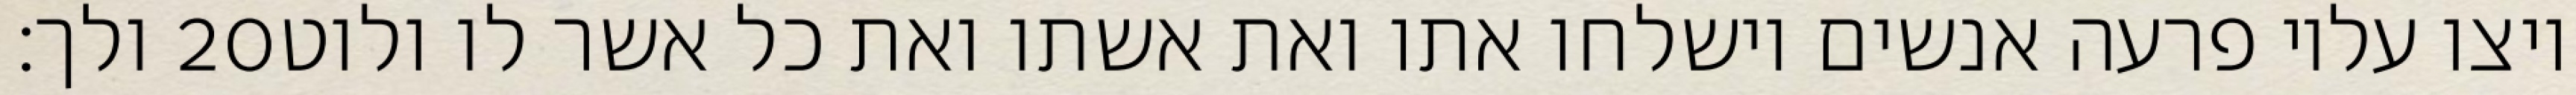
ולך׃ ‎20‏ ויצו עליו פרעה אנשים וישלחו אתו ואת אשתו ואת כל אשר לו ולוט